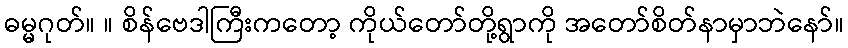
ဓမ္မဂုတ်။ ။ စိန်ဗေဒါကြီးကတော့ ကိုယ်တော်တို့ရွာကို အတော်စိတ်နာမှာဘဲနော်။